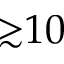
{ \gtrsim } 1 0